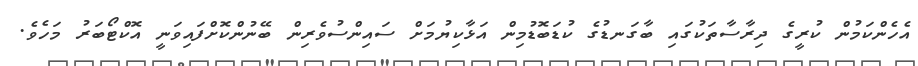
އެހެންކަމުން ކުރީގެ ދިރާސާތަކުގައި ބާގަނޑުގެ ކުޑަބޮޑުމިން އަޅާކިޔުމަށް ސައިންސުވެރިން ބޭނުންކޮށްފައިވަނީ އޮކްޓޯބަރު މަހެވެ.